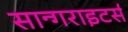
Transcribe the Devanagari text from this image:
सान्गराइटर्स